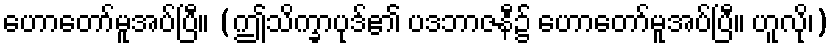
ဟောတော်မူအပ်ပြီ။ (ဤသိက္ခာပုဒ်၏ ပဒဘာဇနီ၌ ဟောတော်မူအပ်ပြီ။ ဟူလို၊)